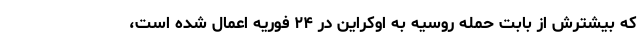
که بیشترش از بابت حمله روسیه به اوکراین در ۲۴ فوریه اعمال شده است،